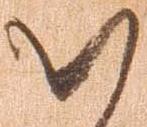
い